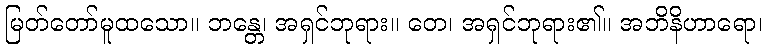
မြတ်တော်မူထသော။ ဘန္တေ၊ အရှင်ဘုရား။ တေ၊ အရှင်ဘုရား၏။ အဘိနိဟာရော၊